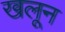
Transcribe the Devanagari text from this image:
खलून